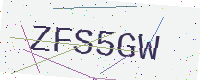
Text: ZFS5GW